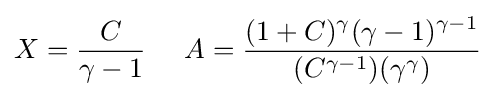
X={\frac {C}{\gamma -1}}\;\;\;\;\;A={\frac {(1+C)^{\gamma }(\gamma -1)^{\gamma -1}}{(C^{\gamma -1})(\gamma ^{\gamma })}}